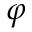
\varphi